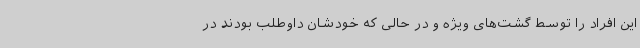
این افراد را توسط گشت‌های ویژه و در حالی که خودشان داوطلب بودند در